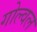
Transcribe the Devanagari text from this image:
गोल्वल